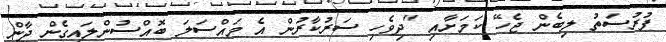
ފުރުސަތު ލިބެން ޖެހޭ ކަމަށާއި "ދިވެހި ސަރުކާރުން އެ މައްސަލަ ބޮއްސުންލައިގެން ދާން